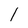
Character: 1